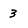
Character: 3